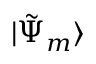
| { \tilde { \Psi } } _ { m } \rangle